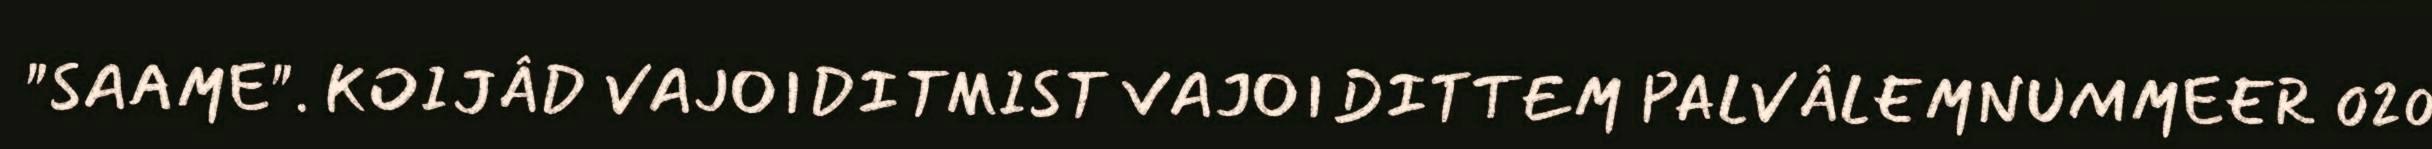
"SAAME". KOIJÂD VAJOIDITMIST VAJOIDITTEM PALVÂLEMNUMMEER 020